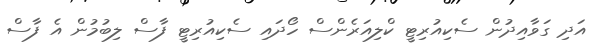
އަދި ގަވާއިދުން ސެކިއުރިޓީ ކްލިއަރެންސް ހޯދައި ސެކިއުރިޓީ ފާސް ލިބުމުން އެ ފާސް